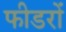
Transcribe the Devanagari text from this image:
फीडरों